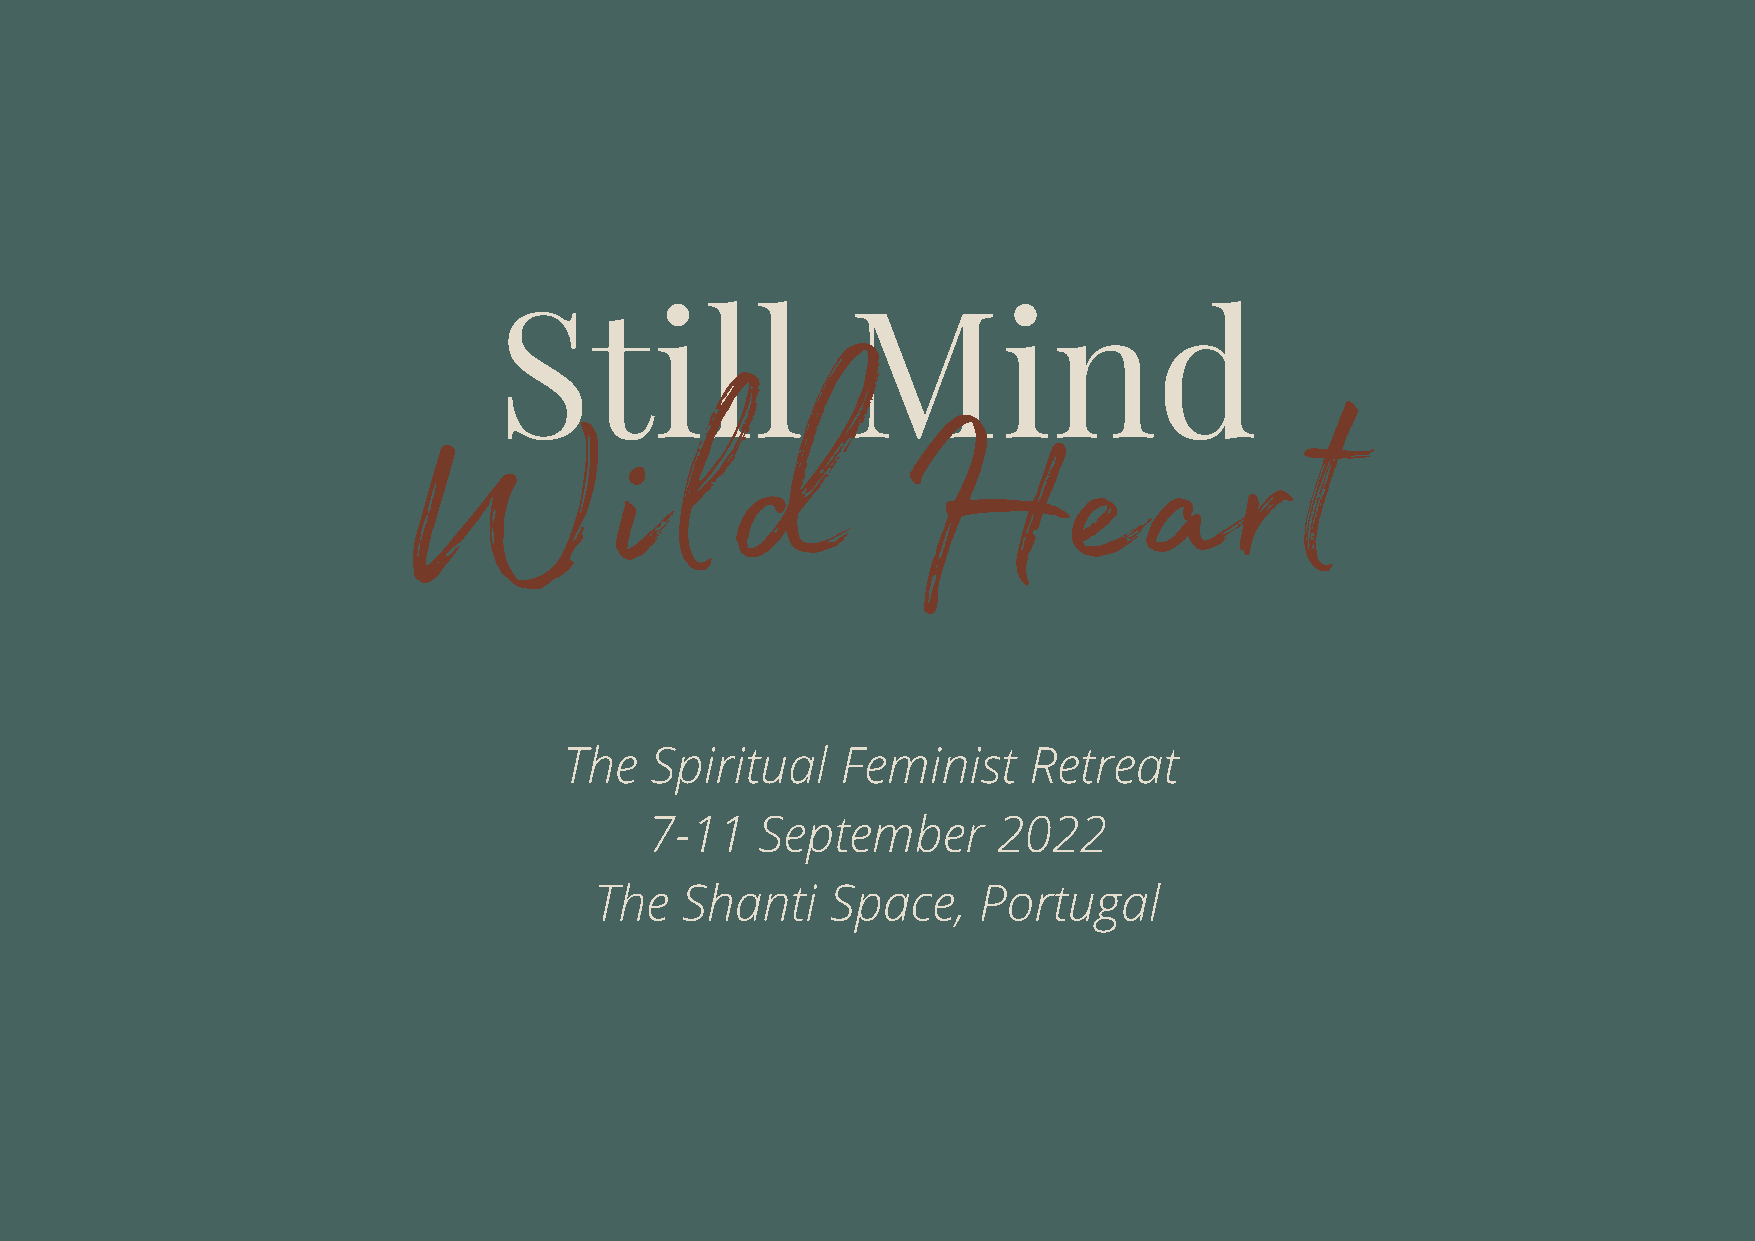
Still                  Mind
 Wild                             Heart
 The   Spiritual    Feminist    Retreat
 7-11   September       2022
 The   Shanti    Space,    Portugal